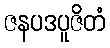
ဇနပဒပူဇိတံ